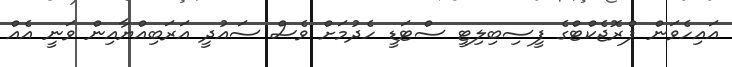
އައިހެވަން ޕްރޮޖެކްޓްގެ ފީސިބިލިޓީ ސްޓަޑީ ހެދުމަށް ވެސް ސައުދީ އަރަބިއްޔާއިން ވަނީ އެއް